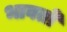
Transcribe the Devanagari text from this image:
भावतो